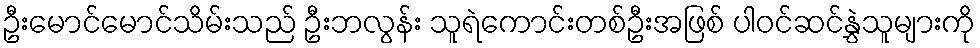
ဦးမောင်မောင်သိမ်းသည် ဦးဘလွန်း သူရဲကောင်းတစ်ဦးအဖြစ် ပါဝင်ဆင်နွှဲသူများကို